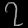
Digit: ၇